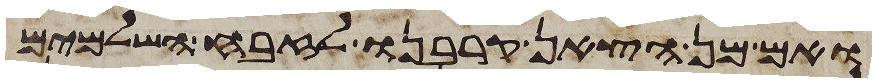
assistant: ואם מן הצאן קרבנו לזבח השלמים